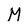
Character: M